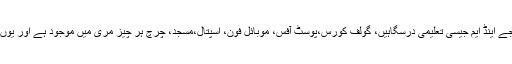
پھر بھور بن پرل کانٹی نینٹل جیسے ہوٹل، لارنس کالج اور کانونٹ آف جے اینڈ ایم جیسی تعلیمی درسگاہیں، گولف کورس،پوسٹ آفس، موبائل فون، اسپتال،مسجد، چرچ ہر چیز مری میں موجود ہے اور یوں لگتا ہے کہ گویا اسے کاسموپولیٹن شہر بننے میں کچھ ہی دیر باقی ہے۔